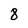
Character: 8